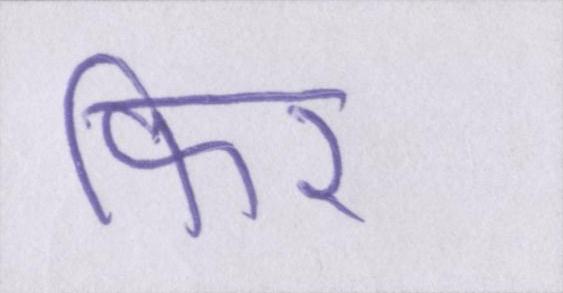
फिर